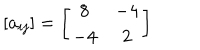
LaTeX: [ a _ { i j } ] = \left[ \begin{matrix} { { 8 } } & { { - 4 } } \\ { { - 4 } } & { { 2 } } \\ \end{matrix} \right]